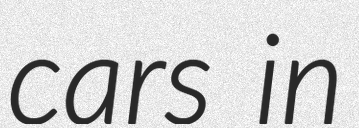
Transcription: cars in